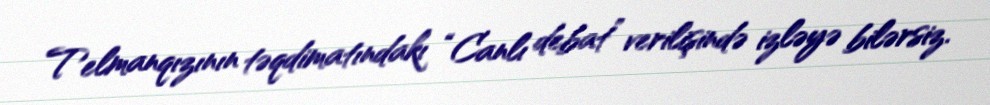
Telmanqızının təqdimatındakı “Canlı debat” verilişində izləyə bilərsiz.